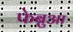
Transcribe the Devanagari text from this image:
फेब्रुआ